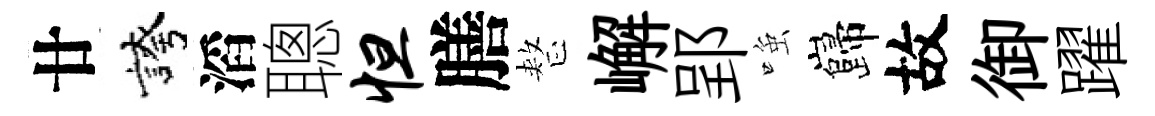
廿誇滔聰怛膳整嶰郢𫪻巋故御躍